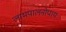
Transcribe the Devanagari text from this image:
लाभपालनोपायः